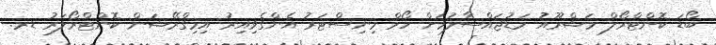
ބޯޑަ ކޮންޓްރޯލް މަޝްރޫއު މަޑުޖައްސާލުމަށް ހޯމް މިނިސްޓަރު އެންގެވިއިރު އިމިގްރޭޝަން ކޮންޓްރޯލަރު ޑރ.